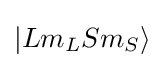
\vert Lm_{L}Sm_{S}\rangle